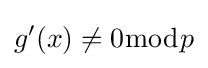
g'(x)\neq 0{\bmod {p}}